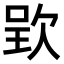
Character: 𣣆